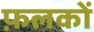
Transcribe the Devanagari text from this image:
फ़लकों